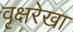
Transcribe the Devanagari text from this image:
वृक्षरेखा